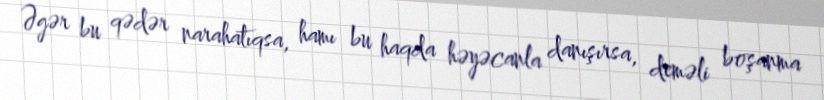
Əgər bu qədər narahatıqsa, hamı bu haqda həyəcanla danışırsa, deməli boşanma